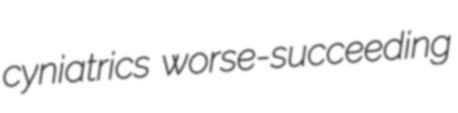
cyniatrics worse-succeeding